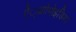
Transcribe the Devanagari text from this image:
ऐं्थ्राोपोइडिया